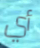
أي